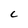
Character: C